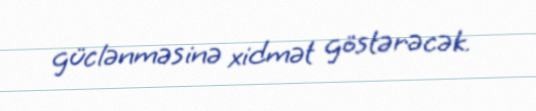
güclənməsinə xidmət göstərəcək.